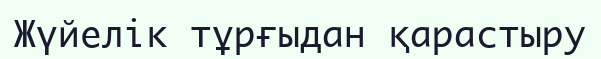
Жүйелік тұрғыдан қарастыру